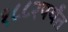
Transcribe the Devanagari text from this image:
१८८२पर्यंत